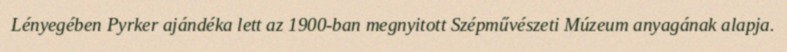
Lényegében Pyrker ajándéka lett az 1900-ban megnyitott Szépművészeti Múzeum anyagának alapja.